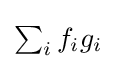
{\textstyle \sum _{i}f_{i}g_{i}}